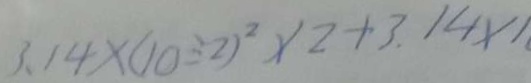
3 . 1 4 \times ( 1 0 \div 2 ) ^ { 2 } \times 2 + 3 . 1 4 \times